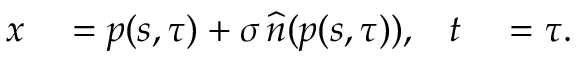
\begin{array} { r l r l } { x } & { { } = p ( s , \tau ) + \sigma \, \widehat { n } ( p ( s , \tau ) ) , } & { t } & { { } = \tau . } \end{array}